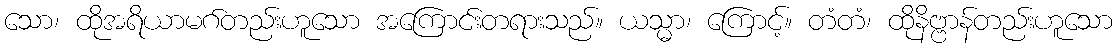
သော၊ ထိုအရိယာမဂ်တည်းဟူသော အကြောင်းတရားသည်။ ယသ္မာ၊ ကြောင့်။ တံတံ၊ ထိုနိဗ္ဗာန်တည်းဟူသော